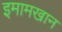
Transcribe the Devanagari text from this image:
इमामखान